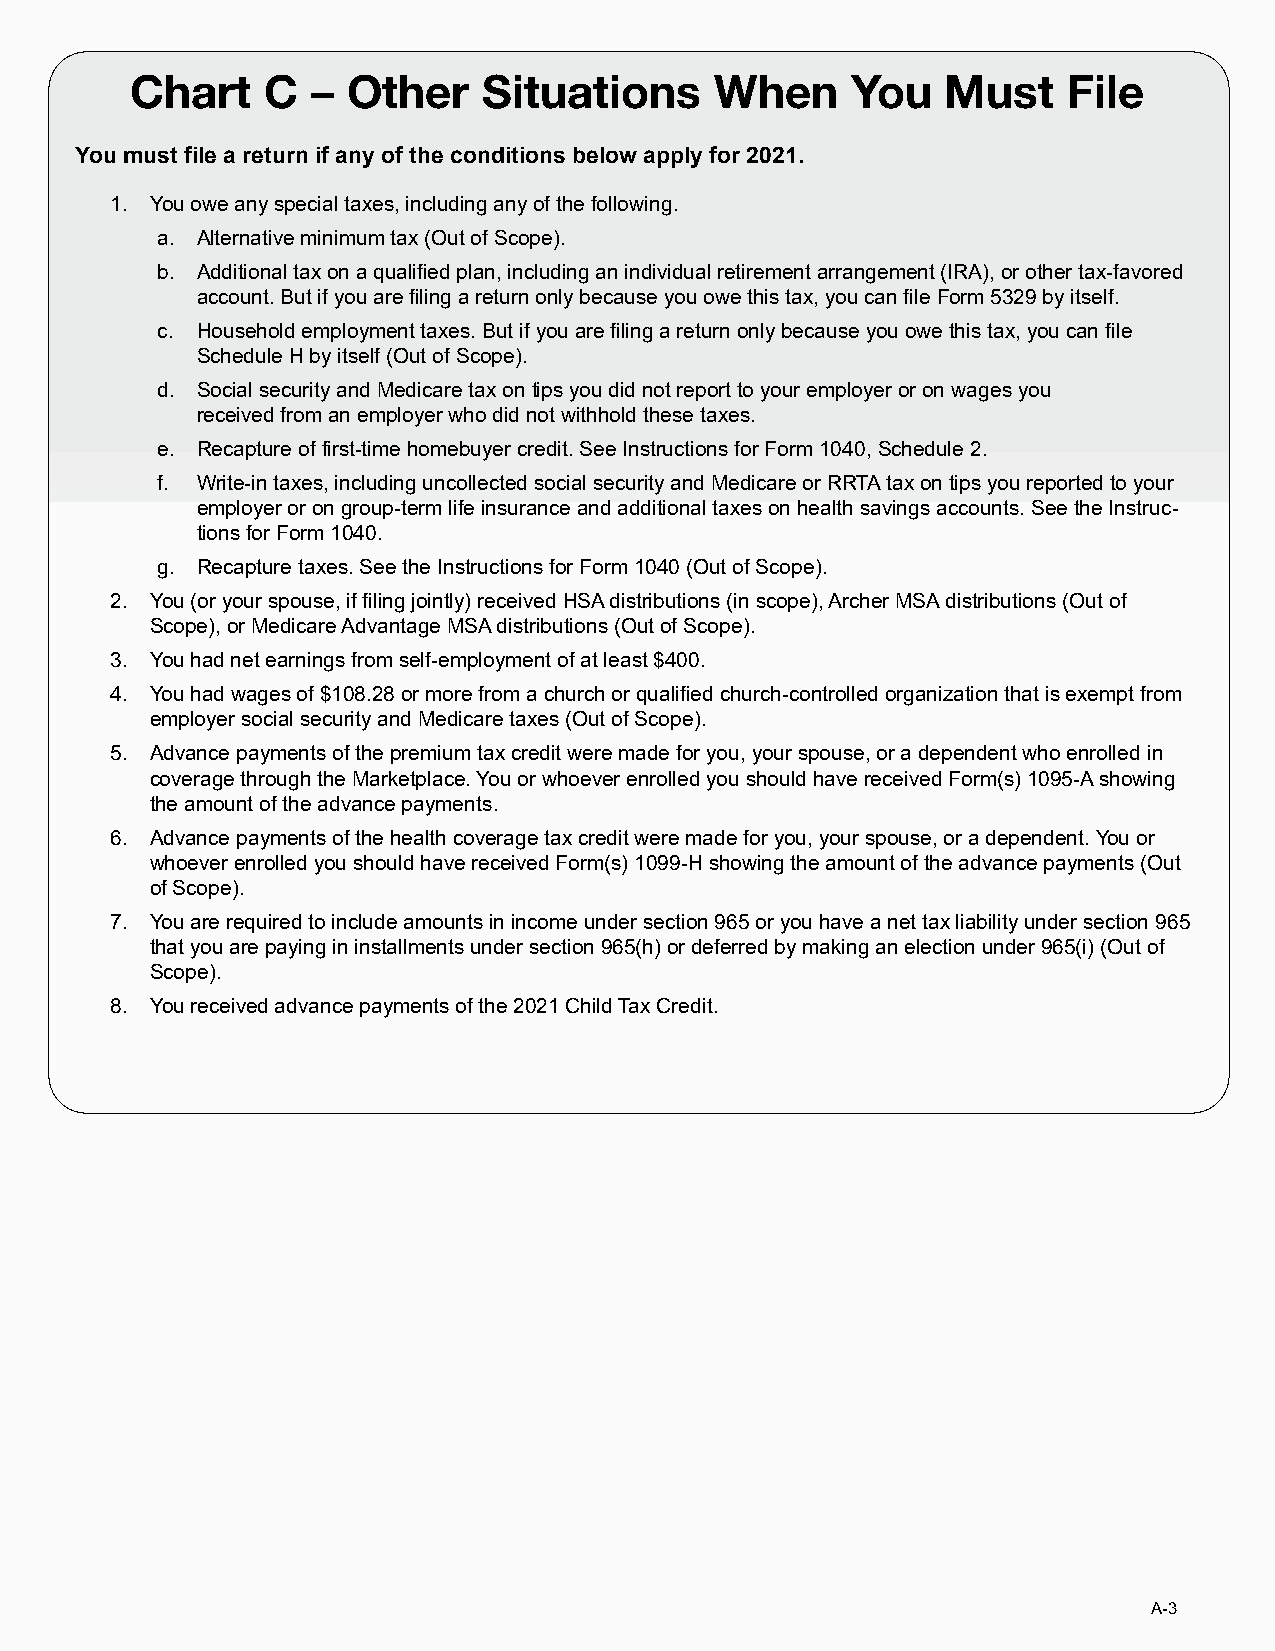
Chart    C  – Other    Situations     When     You    Must    File
 You must file a return if any of the conditions below apply for 2021.
 1. You owe any special taxes, including any of the following.
 a. Alternative minimum tax (Out of Scope).
 b. Additional tax on a qualified plan, including an individual retirement arrangement (IRA), or other tax-favored
 account. But if you are filing a return only because you owe this tax, you can file Form 5329 by itself.
 c. Household employment taxes. But if you are filing a return only because you owe this tax, you can file
 Schedule H by itself (Out of Scope).
 d. Social security and Medicare tax on tips you did not report to your employer or on wages you
 received from an employer who did not withhold these taxes.
 e. Recapture of first-time homebuyer credit. See Instructions for Form 1040, Schedule 2.
 f. Write-in taxes, including uncollected social security and Medicare or RRTA tax on tips you reported to your
 employer or on group-term life insurance and additional taxes on health savings accounts. See the Instruc-
 tions for Form 1040.
 g. Recapture taxes. See the Instructions for Form 1040 (Out of Scope).
 2. You (or your spouse, if filing jointly) received HSA distributions (in scope), Archer MSA distributions (Out of
 Scope), or Medicare Advantage MSA distributions (Out of Scope).
 3. You had net earnings from self-employment of at least $400.
 4. You had wages of $108.28 or more from a church or qualified church-controlled organization that is exempt from
 employer social security and Medicare taxes (Out of Scope).
 5. Advance payments of the premium tax credit were made for you, your spouse, or a dependent who enrolled in
 coverage through the Marketplace. You or whoever enrolled you should have received Form(s) 1095-A showing
 the amount of the advance payments.
 6. Advance payments of the health coverage tax credit were made for you, your spouse, or a dependent. You or
 whoever enrolled you should have received Form(s) 1099-H showing the amount of the advance payments (Out
 of Scope).
 7. You are required to include amounts in income under section 965 or you have a net tax liability under section 965
 that you are paying in installments under section 965(h) or deferred by making an election under 965(i) (Out of
 Scope).
 8. You received advance payments of the 2021 Child Tax Credit.
 A-3